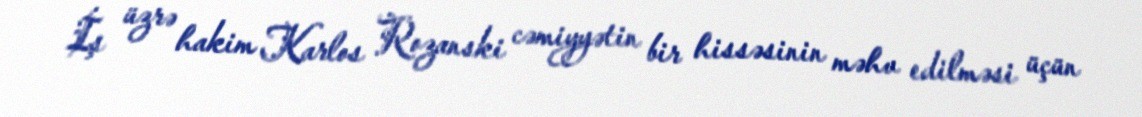
İş üzrə hakim Karlos Rozanski cəmiyyətin bir hissəsinin məhv edilməsi üçün